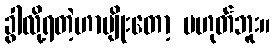
ခွါလို့ရတဲ့ဟာမျိုးတော့ မဟုတ်ဘူး။